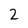
Character: 2